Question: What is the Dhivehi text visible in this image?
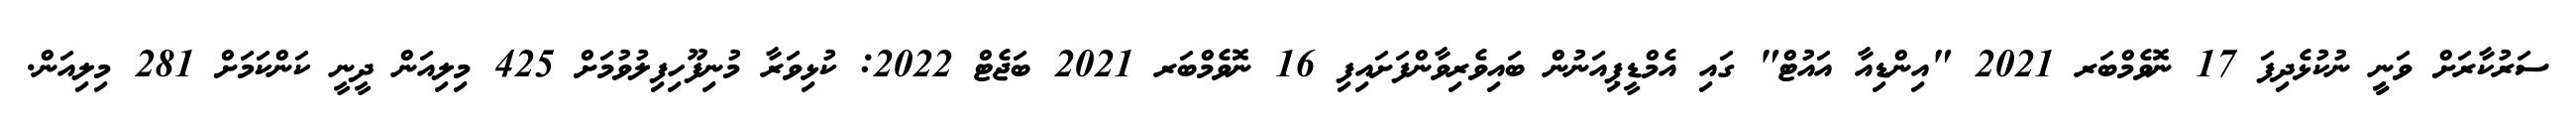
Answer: ސަރުކާރަށް ވަނީީ ނުކުޅެދިފަ 17 ނޮވެމްބަރ 2021 "އިންޑިއާ އައުޓް" ގައި އެމްޑީޕިއަނުން ބައިވެރިވާންފަށައިފި 16 ނޮވެމްބަރ 2021 ބަޖެޓް 2022: ކުޅިވަރާ މުނިފޫހިފިލުވުމަށް 425 މިލިއަން ދީނީ ކަންކަމަށް 281 މިލިއަން.